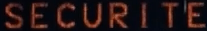
SECURITE